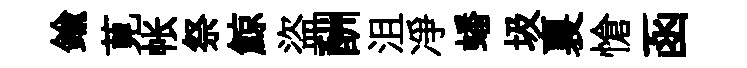
鍮莧帐祭鯨盜酬沮凈蟠圾裏愴函